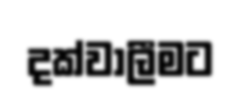
දක්වාලීමට